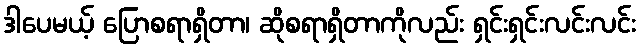
ဒါပေမယ့် ပြောစရာရှိတာ၊ ဆိုစရာရှိတာကိုလည်း ရှင်းရှင်းလင်းလင်း